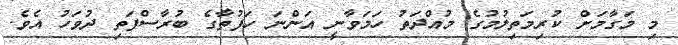
މި މަގާމަށް ކުރިމަތިލުމުގެ މުއްދަތު ހަމަވާނީ އަންނަ ހަފުތާގެ ބުރާސްފަތި ދުވަހު އެވެ.